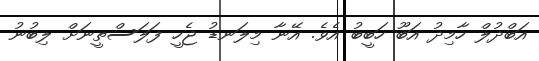
އަބްދުލް ހާމިދު އަބޫ ހަބީބު އެވެ. އޭނާ މިލަނޑު ޖެހީ ފަލަސްތީނަށް ލިބުނު